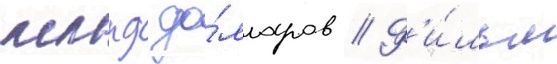
млрд до́лларов // Ф'и́льм